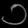
Digit: ၁